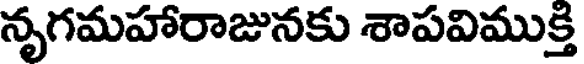
నృగమహారాజునకు శాపవిముక్తి